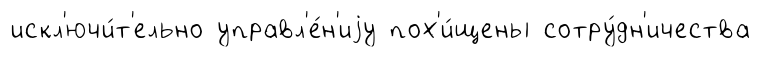
искл'ючи́т'ельно управл'е́н'иjу пох'и́щены сотру́дн'ичества